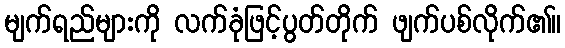
မျက်ရည်များကို လက်ခုံဖြင့်ပွတ်တိုက် ဖျက်ပစ်လိုက်၏။